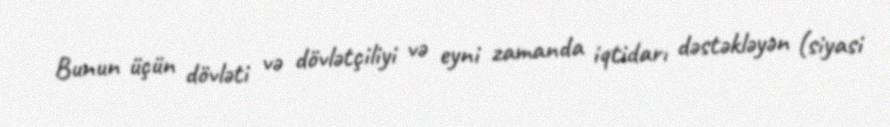
Bunun üçün dövləti və dövlətçiliyi və eyni zamanda iqtidarı dəstəkləyən (siyasi